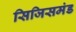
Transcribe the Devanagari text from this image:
सिजिसमंड